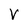
Character: V